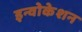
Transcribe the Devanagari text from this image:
इन्वोकेशन